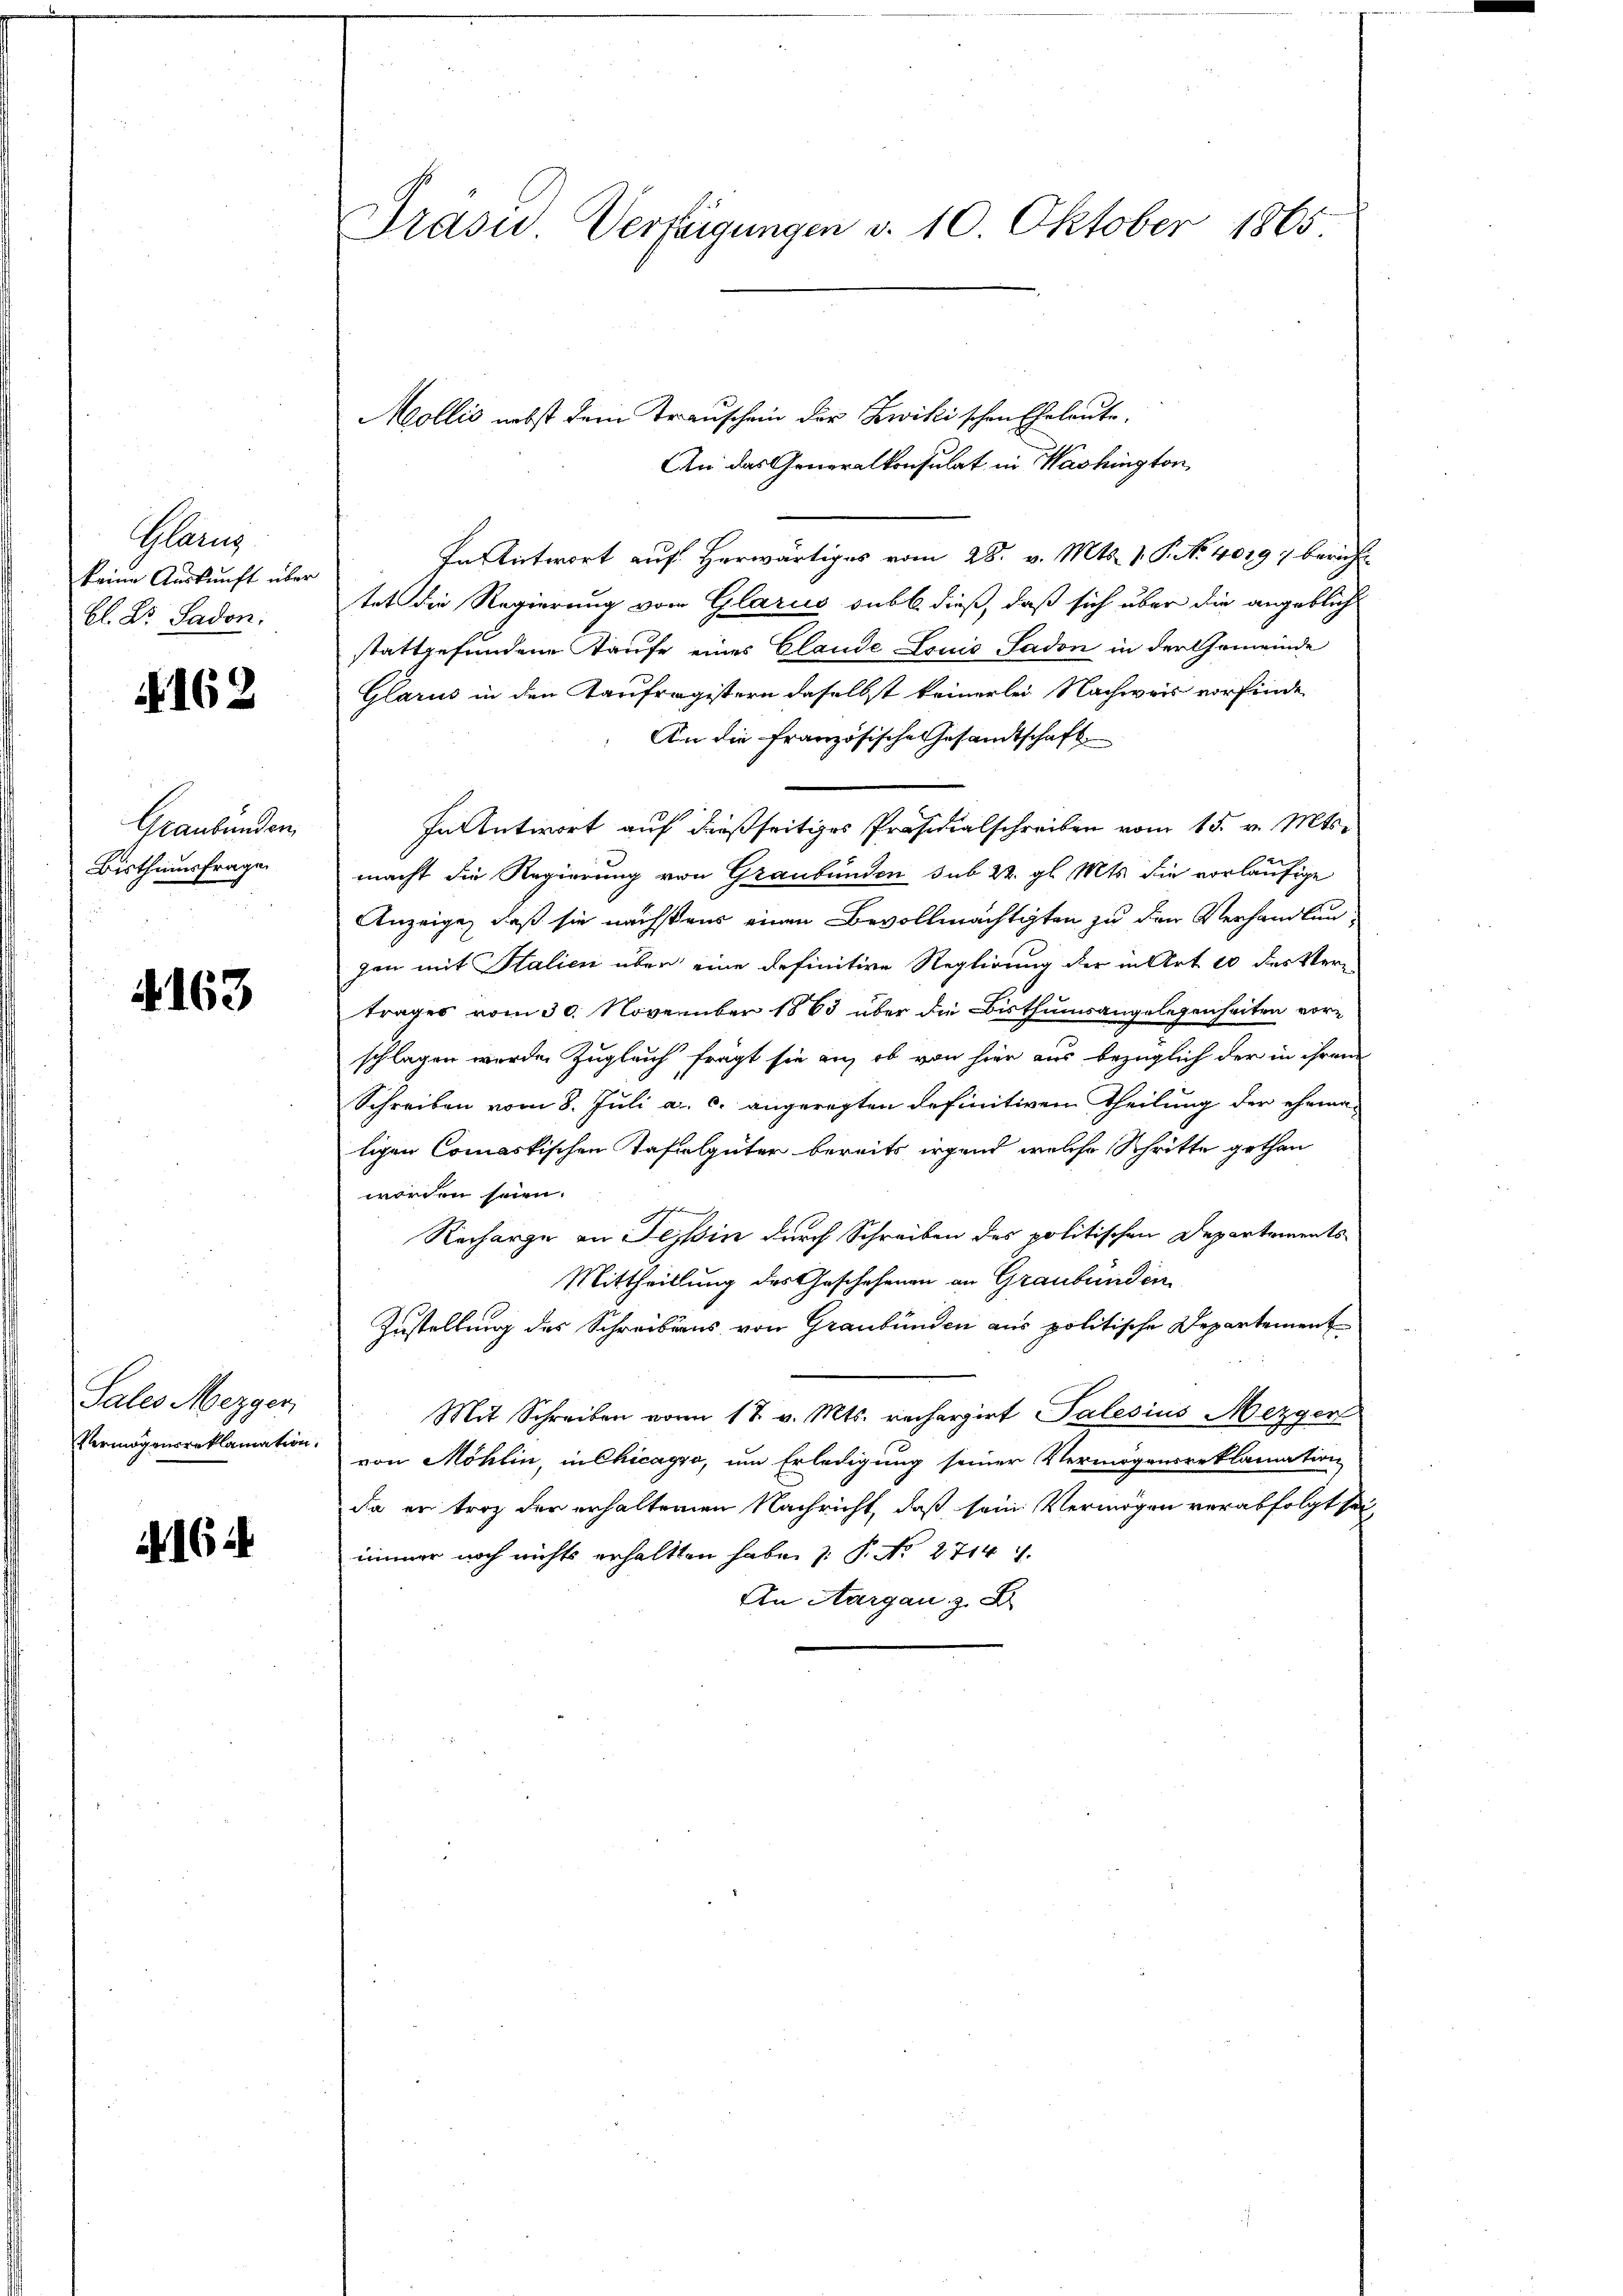
Glanz
keine Auskunft über
Bl. Dr. Sadon.

§ 162

Graubünden
Bisthumsfrage

4163

Sales Mezger,
Vermögensreklamation.

16

Trasu Verfügungen d. 10 Oktober 1865

Mollis nebst dem Trauschein der Zwiki schon Eheleute
An das Generalkonsulat in Washington,
In Antwort auf herwärtiges vom 28. v. Mts. 1. P. No. 40197 bericht
tet die Regierung vom Glarus sub b. dieß, daß sich über die angeblich
stattgefundene Taufe eines Claude Louis, Sadon in der Gemeinde
Glarus in den Kaufragistern daselbst keinerlei Nachweis vorfinde
An die französische Gesandtschaft
In Antwort auf dießseitiges Präsidialschreiben vom 15. v. Mts.
macht die Regierung von Graubünden sub 22. gl. Mts. die vorläufige
Anzeige, daß sie nächstens einen Bevollmächtigten zu den Verhandlunzen mit Salien über eine definitive Reglirung der in Art 10 des Vertrages vom 30. November 1863 über die Bisthumsangelegenheiten vorschlagen wurden Zugleich fragt sie an, ob von hier aus bezüglich der in ihrem
Schreiben vom 8. Juli a. c. angeregten definitiven Theilung der ehema-
ligen Commaskischen Tafilgüter bereits irgend welche Schritte gethan
worden seien.

d
Recharge an Tessin durch Schreiben des politischen Departements
Mittheillung des Geschehenen an Graubünden
Zustellung des Schreibens von Graubünden aus politische Departement
Mit Schreiben vom 17. v. Mts. rechargirt Palesius Mezger
von Möhlin, in Chicago, um Erledigung seiner Vermögensreklamation
da er trotz der erhaltenen Nachricht, daß sein Vermögen verabfolgt sei,
immer noch nichts erhaltten habe.  P. Nr. 2714.
An Aargau, z. B